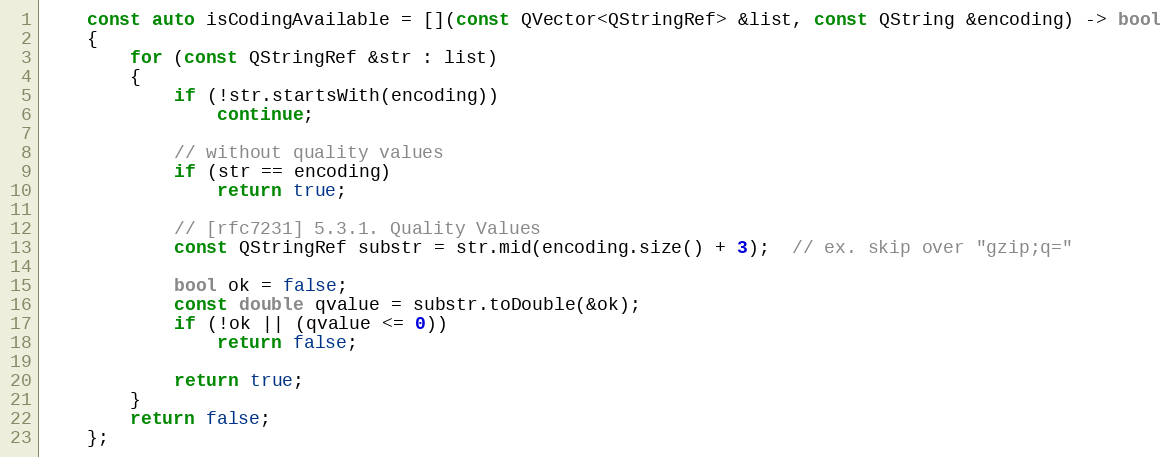
Language: C++
    const auto isCodingAvailable = [](const QVector<QStringRef> &list, const QString &encoding) -> bool
    {
        for (const QStringRef &str : list)
        {
            if (!str.startsWith(encoding))
                continue;

            // without quality values
            if (str == encoding)
                return true;

            // [rfc7231] 5.3.1. Quality Values
            const QStringRef substr = str.mid(encoding.size() + 3);  // ex. skip over "gzip;q="

            bool ok = false;
            const double qvalue = substr.toDouble(&ok);
            if (!ok || (qvalue <= 0))
                return false;

            return true;
        }
        return false;
    };